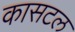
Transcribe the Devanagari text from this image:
कासटल